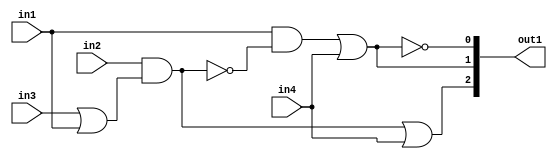
`timescale 1ps / 1ps
/*****************************************************************************
    Verilog RTL Description
    
    
    Created by: Stratus DpOpt 21.05.01 
*******************************************************************************/

module SobelFilter_gen_busy_r_1_0 (
	in1,
	in2,
	in3,
	in4,
	out1
	); /* architecture "behavioural" */ 
input  in1,
	in2,
	in3,
	in4;
output [2:0] out1;
wire  asc004,
	asc005,
	asc007,
	asc009,
	asc010,
	asc012,
	asc014;
wire [2:0] asc015;

assign asc005 = 
	(in3)
	|(in1);

assign asc004 = 
	(in2)
	&(asc005);

assign asc007 = 
	(asc004)
	|(in4);

assign asc012 = 
	((~asc004));

assign asc010 = 
	(in1)
	&(asc012);

assign asc009 = 
	(asc010)
	|(in4);

assign asc014 = 
	((~asc009));

assign asc015 = {asc007,asc009,asc014};

assign out1 = asc015;
endmodule

/* CADENCE  vrH4SAA= : u9/ySxbfrwZIxEzHVQQV8Q== ** DO NOT EDIT THIS LINE ******/